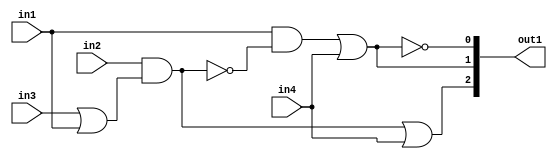
`timescale 1ps / 1ps
/*****************************************************************************
    Verilog RTL Description
    
    
    Created by: Stratus DpOpt 21.05.01 
*******************************************************************************/

module SobelFilter_gen_busy_r_1_0 (
	in1,
	in2,
	in3,
	in4,
	out1
	); /* architecture "behavioural" */ 
input  in1,
	in2,
	in3,
	in4;
output [2:0] out1;
wire  asc004,
	asc005,
	asc007,
	asc009,
	asc010,
	asc012,
	asc014;
wire [2:0] asc015;

assign asc005 = 
	(in3)
	|(in1);

assign asc004 = 
	(in2)
	&(asc005);

assign asc007 = 
	(asc004)
	|(in4);

assign asc012 = 
	((~asc004));

assign asc010 = 
	(in1)
	&(asc012);

assign asc009 = 
	(asc010)
	|(in4);

assign asc014 = 
	((~asc009));

assign asc015 = {asc007,asc009,asc014};

assign out1 = asc015;
endmodule

/* CADENCE  vrH4SAA= : u9/ySxbfrwZIxEzHVQQV8Q== ** DO NOT EDIT THIS LINE ******/